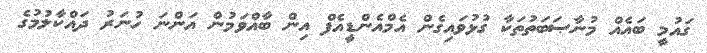
ގައުމީ ބައެއް މުނާޞަބަތުތަކާ ގުޅުވައިގެން އެމްއެންޑީއެފް އިން ބާއްވަމުން އަންނަ ހުނަރު ދައްކާލުމުގެ